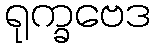
ရုက္ခဗေဒ